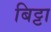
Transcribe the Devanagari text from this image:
बिट्टा